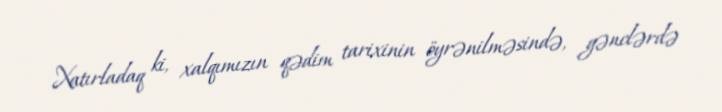
Xatırladaq ki, xalqımızın qədim tarixinin öyrənilməsində, gənclərdə